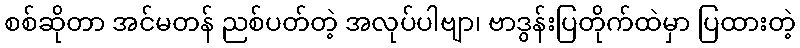
စစ်ဆိုတာ အင်မတန် ညစ်ပတ်တဲ့ အလုပ်ပါဗျာ၊ ဗာဒွန်းပြတိုက်ထဲမှာ ပြထားတဲ့